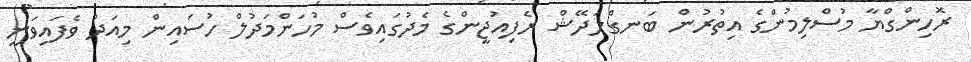
ރޮހިންގްޔާ މުސްލިމުންގެ އިތުރުން ބަނގްލަދޭޝް ރެފިއުޖީންގެ މެދުގައިވެސް މުހަންމަދުލް ހުސައިން މިއަދު ވެފައިވަނީ